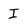
Character: I